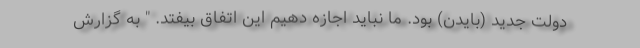
دولت جدید (بایدن) بود. ما نباید اجازه دهیم این اتفاق بیفتد. " به گزارش